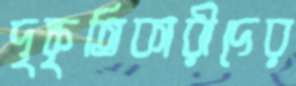
দৃষ্কৃতিকারীদের